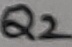
Text: Q2